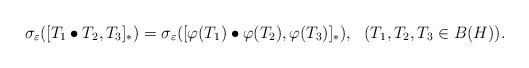
LaTeX: \begin{align*}\sigma_{\varepsilon}([T_{1}\bullet T_{2},T_{3}]_{\ast})=\sigma_{\varepsilon}([\varphi(T_{1})\bullet \varphi(T_{2}),\varphi(T_{3})]_{\ast}),~~ (T_{1}, T_{2}, T_{3} \in B(H)).\end{align*}